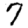
Digit: 7